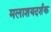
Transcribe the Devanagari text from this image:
मलाशयदर्शक